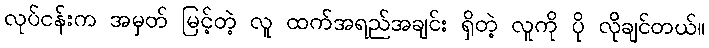
လုပ်ငန်းက အမှတ် မြင့်တဲ့ လူ ထက်အရည်အချင်း ရှိတဲ့ လူကို ပို လိုချင်တယ်။